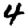
Digit: 4